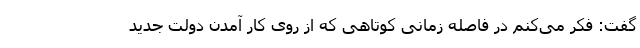
گفت: فکر می‌کنم در فاصله زمانی کوتاهی که از روی کار آمدن دولت جدید